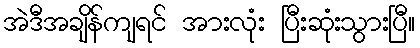
အဲဒီအချိန်ကျရင် အားလုံး ပြီးဆုံးသွားပြီ။